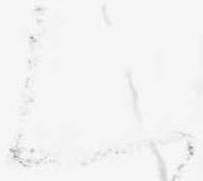
ん